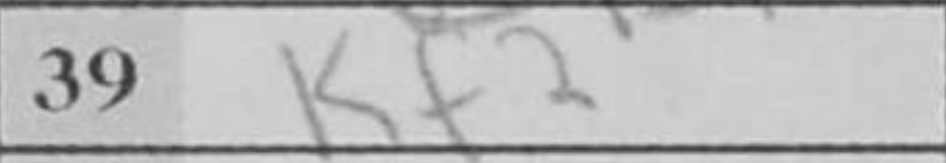
Transcription: Kf2